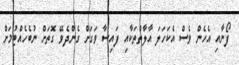
ފޯނާއި އެހެން ވެސް އެކަހަލަ އާލާތްތަކާއި ފައިސާ ވަގަށް ގެންދެވޭ ގޮތަށް ނުބެހެއްޓުމަށް